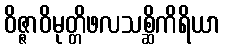
ဝိဇ္ဇာဝိမုတ္တိဖလသစ္ဆိကိရိယာ